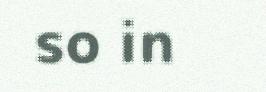
so in